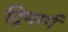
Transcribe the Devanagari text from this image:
द्विमार्ग